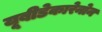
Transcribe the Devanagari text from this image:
यूबीडेकारेनोन